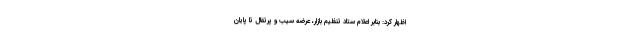
اظهار کرد: بنابر اعلام ستاد تنظیم بازار، عرضه سیب و پرتقال تا پایان